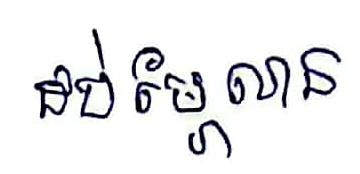
ដប់ម្ភៃលាន